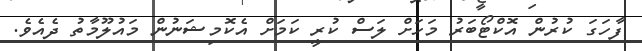
ފާހަގަ ކުރުން އޮކްޓޯބަރު މަހަށް ލަސް ކުރީ ކަމަށް އެކޮމިޝަނުން މައުލޫމާތު ދެއެވެ.